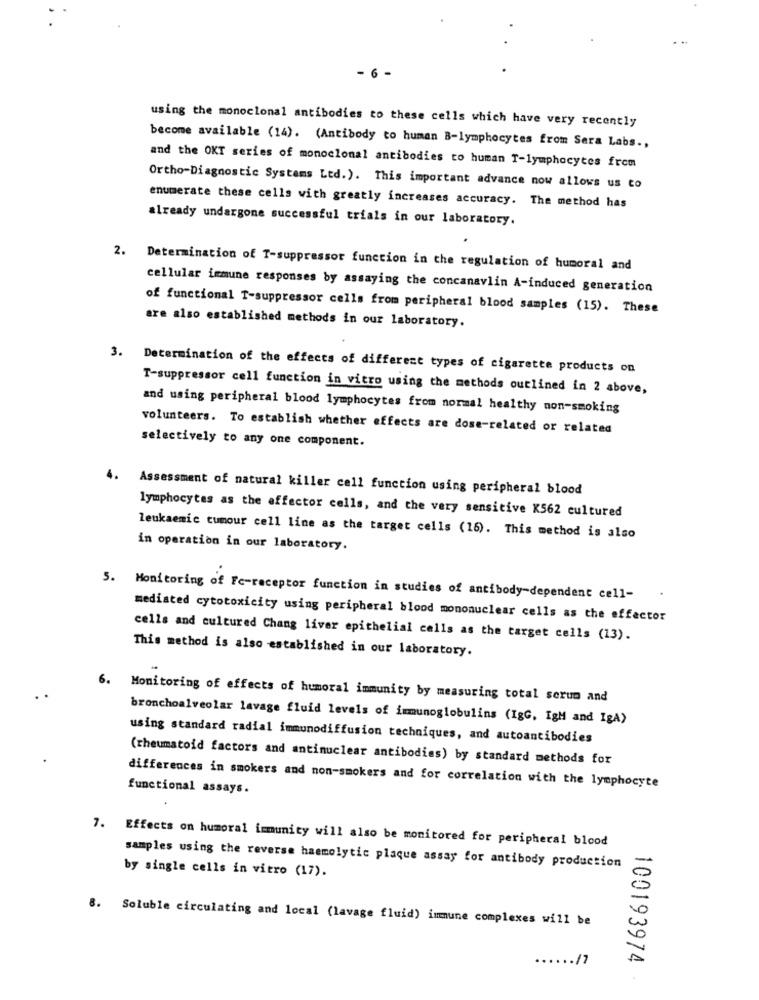
- 6 -
using the monoclonal antibodies to these cells which have very recently
become available (14). (Antibody to human B-lymphocytes from Sera Labs .,
and the OKT series of monoclonal antibodies to human T-lymphocytes frem
Ortho-Diagnostic Systems Ltd.). This important advance now allows us to
enumerate these cells with greatly increases accuracy. The method has
already undergone successful trials in our laboratory.
2. Determination of T-suppressor function in the regulation of humoral and
cellular immune responses by assaying the concanavlin A-induced generation
of functional T-suppressor cells from peripheral blood samples (15). These
are also established methods in our laboratory.
3. Determination of the effects of different types of cigarette products on
T-suppressor cell function in vitro using the methods outlined in 2 above,
and using peripheral blood lymphocytes from normal healthy non-smoking
volunteers. To establish whether effects are dose-related or related
selectively to any one component.
4.
Assessment of natural killer cell function using peripheral blood
lymphocytes as the affector cells, and the very sensitive K562 cultured
leukaemic tumour cell line as the target cells (16). This method is also
in operation in our laboratory.
5. Monitoring of Fc-receptor function in studies of antibody-dependent cell-
mediated cytotoxicity using peripheral blood mononuclear cells as the effector
cells and cultured Chang liver epithelial cells as the target cells (13).
This method is also established in our laboratory.
6.
Monitoring of effects of humoral immunity by measuring total serum and
bronchoalveolar lavage fluid levels of immunoglobulins (IgG, IgM and IgA)
using standard radial immunodiffusion techniques, and autoantibodies
(rheumatoid factors and antinuclear antibodies) by standard methods for
differences in smokers and non-smokers and for correlation with the lymphocyte
functional assays.
7. Effects on humoral immunity will also be monitored for peripheral blood
by single cells in vitro (17).
samples using the reverse haemolytic plaque assay for antibody production
8. Soluble circulating and local (lavage fluid) immune complexes will be
...... /7
100193974